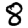
Digit: 8